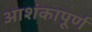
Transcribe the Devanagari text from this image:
आशंकापूर्ण